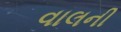
વાલની